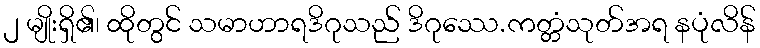
၂ မျိုးရှိ၏၊ ထိုတွင် သမာဟာရဒိဂုသည် ဒိဂုဿေ.ကတ္တံသုတ်အရ နပုံလိန်